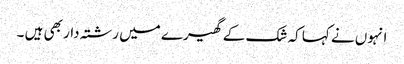
انہوں نے کہا کہ شک کے گھیرے میں رشتہ دار بھی ہیں ۔